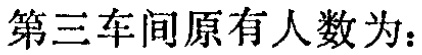
第三车间原有人数为：